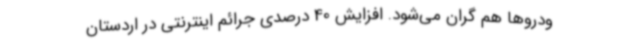
ودروها هم گران می‌شود. افزایش 40 درصدی جرائم اینترنتی در اردستان